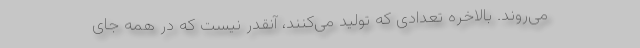
می‌روند. بالاخره تعدادی که تولید می‌کنند، آنقدر نیست که در همه جای